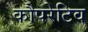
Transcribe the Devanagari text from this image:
कौपरेटिव